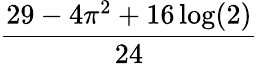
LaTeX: \frac{29-4\pi^{2}+16\log(2)}{24}